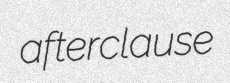
afterclause